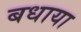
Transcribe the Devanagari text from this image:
बधाया